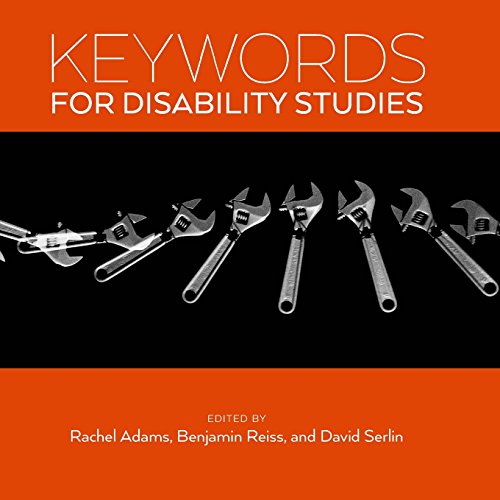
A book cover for Keywords for Disability Studies; Benjamin Reiss; Law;